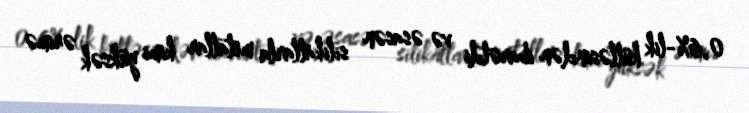
0,6%-lik kütləsindən ibarətdi və əsasən silikatlarla metallar kimi yüksək ərimə